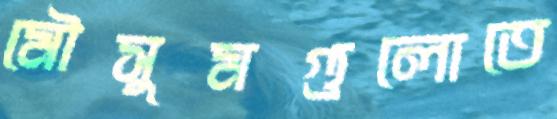
মৌসুমগুলোতে